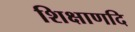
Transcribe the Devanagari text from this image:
शिक्षाणदि